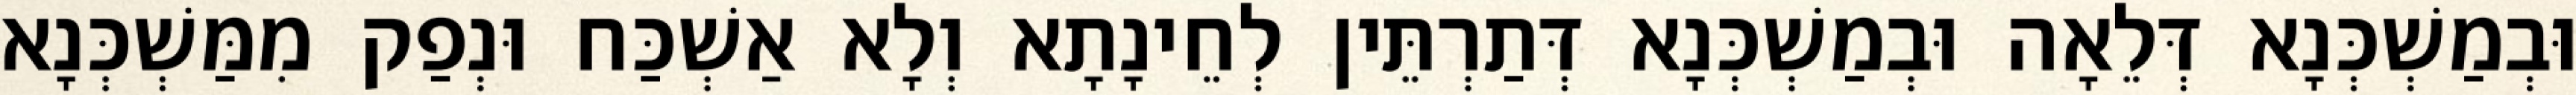
וּבְמַשְׁכְּנָא דְּלֵאָה וּבְמַשְׁכְּנָא דְּתַרְתֵּין לְחֵינָתָא וְלָא אַשְׁכַּח וּנְפַק מִמַּשְׁכְּנָא